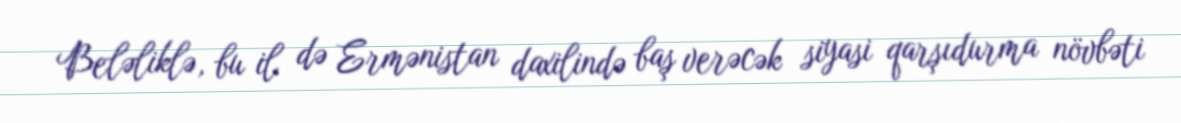
Beləliklə, bu il də Ermənistan daxilində baş verəcək siyasi qarşıdurma növbəti